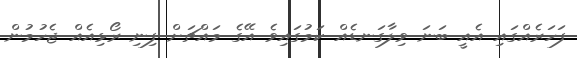
ފަހަރެއްގައި އެއީ ބަނަ ވިލާގަނޑެއް ކަމުގައިވެ އޭގެ މައްޗަށް ފިނި ރޯޅިއެއް ޖެހުމުން